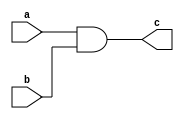
`timescale 1ns / 1ps
//////////////////////////////////////////////////////////////////////////////////
// Company: 
// Engineer: 
// 
// Design Name: 
// Module Name: fact_and
// Project Name: 
// Target Devices: 
// Tool Versions: 
// Description: 
// 
// Dependencies: 
// 
// Revision:
// Revision 0.01 - File Created
// Additional Comments:
// 
//////////////////////////////////////////////////////////////////////////////////


module fact_and(
        input   wire    a, b,
        output          c
    );
    
    assign c = a & b;
    
endmodule